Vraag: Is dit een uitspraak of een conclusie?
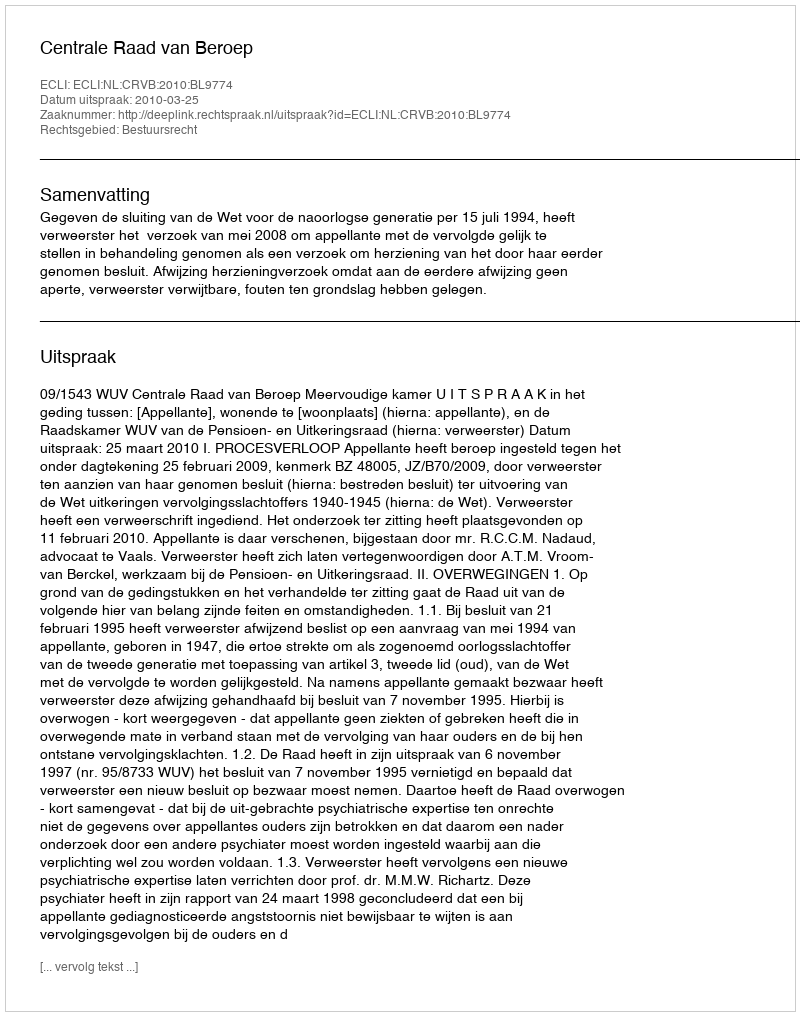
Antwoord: Uitspraak